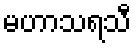
မဟာသရသီ